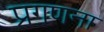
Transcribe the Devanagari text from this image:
प्रगणना